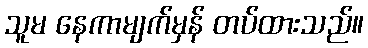
သူမ နေကာမျက်မှန် တပ်ထားသည်။